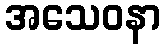
အသေဝနာ